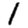
Digit: 1